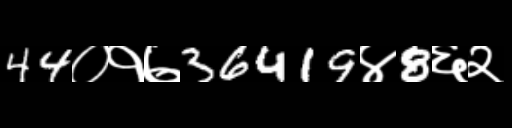
Text: 44०१७36419४8६२